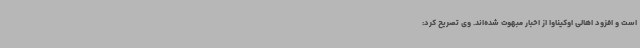
است و افزود اهالی اوکیناوا از اخبار مبهوت شده‌اند. وی تصریح کرد: